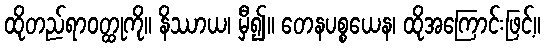
ထိုတည်ရာဝတ္ထုကို။ နိဿာယ၊ မှီ၍။ တေနပစ္စယေန၊ ထိုအကြောင်းဖြင့်။